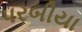
પરબીયા